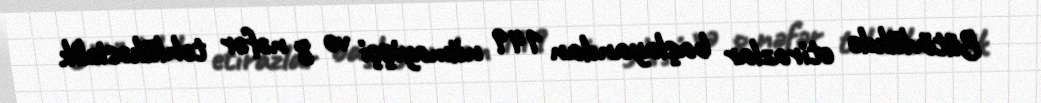
Bütövlükdə etirazlar başlayandan 149 nümayişçi və 8 nəfər təhlükəsizlik